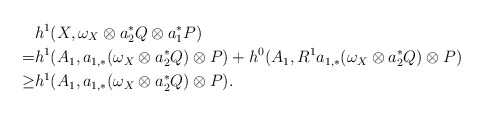
\begin{align*}& h^1(X,\omega_X\otimes a_2^*Q\otimes a_1^*P) \\=& h^1(A_1,a_{1,*}(\omega_X\otimes a_2^*Q)\otimes P)+h^0(A_1,R^1a_{1,*}(\omega_X\otimes a_2^*Q)\otimes P) \\\ge & h^1(A_1,a_{1,*}(\omega_X\otimes a_2^*Q)\otimes P).\end{align*}